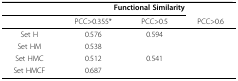
<table><thead><tr><td>[EMPTY_CELL]</td><td colspan="3"><b>Functional Similarity</b></td></tr><tr><td>[EMPTY_CELL]</td><td><b>PCC&gt;0.355*</b></td><td><b>PCC&gt;0.5</b></td><td><b>PCC&gt;0.6</b></td></tr></thead><tbody><tr><td>Set H</td><td>0.576</td><td>0.594</td><td>[EMPTY_CELL]</td></tr><tr><td>Set HM</td><td>0.538</td><td>[EMPTY_CELL]</td><td>[EMPTY_CELL]</td></tr><tr><td>Set HMC</td><td>0.512</td><td>0.541</td><td>[EMPTY_CELL]</td></tr><tr><td>Set HMCF</td><td>0.687</td><td>[EMPTY_CELL]</td><td>[EMPTY_CELL]</td></tr></tbody></table>